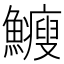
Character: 𩽉